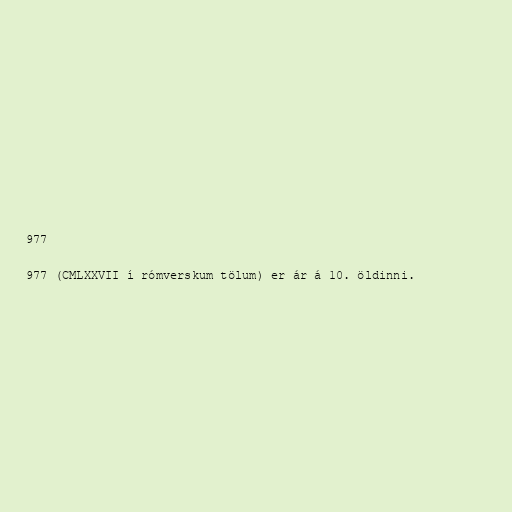
977

977 (CMLXXVII í rómverskum tölum) er ár á 10. öldinni.